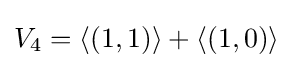
V_{4}=\langle (1,1)\rangle +\langle (1,0)\rangle